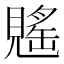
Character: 𧡷